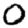
Digit: 0